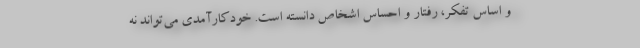
و اساس تفکر، رفتار و احساس اشخاص دانسته است. خودکارآمدی می‌تواند نه